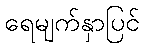
ရေမျက်နှာပြင်